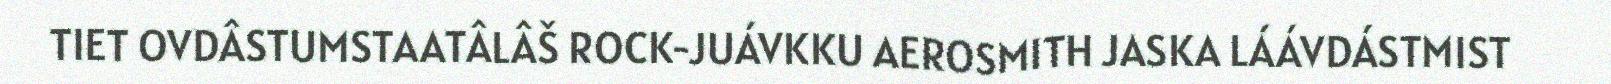
TIET OVDÂSTUMSTAATÂLÂŠ ROCK-JUÁVKKU AEROSMITH JASKA LÁÁVDÁSTMIST